Civil Veterinary Department. United Provinces 1932-42 - 1932-1942
Year: 1932
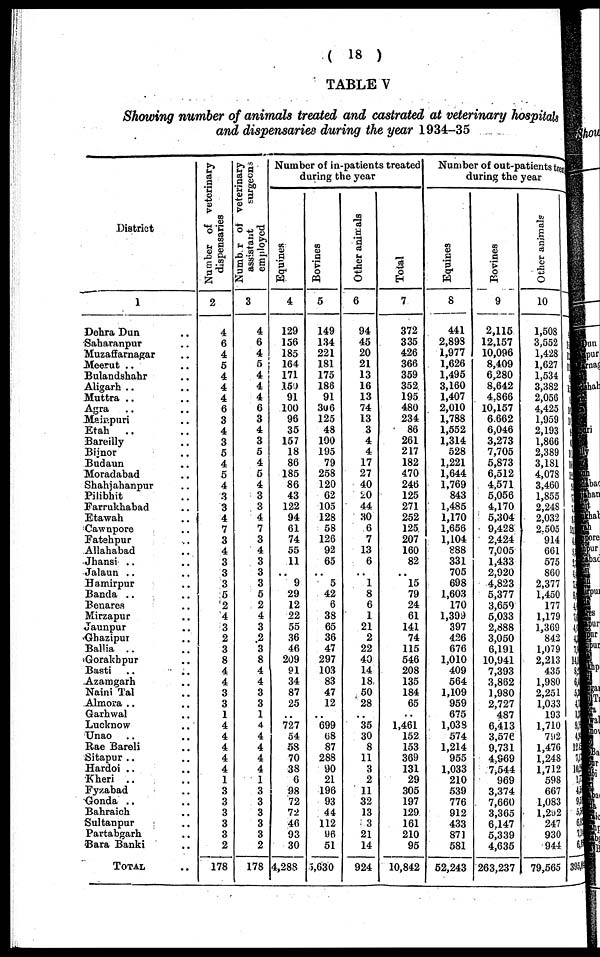
(18)
TABLE V
Showing number of animals treated and castrated at veterinary hospitals
and dispensaries during the year 1934-35
District
1
Dehra Dun ..
Saharanpur ..
Muzaffarnagar ..
Meerut .. ..
Bulandshahr ..
Aligarh .. ..
Muttra .. ..
Agra
Mainpuri ..
Etah .. ..
Bareilly ..
Bijnor ..
Budaun ..
Moradabad ..
Shahjahanpur ..
Pilibhit ..
Farrukhabad ..
Etawah ..
Cawnpore ..
Fatehpur ..
Allahabad
Jhansi .. ..
Jalaun .. ..
Hamirpur ..
Banda .. ..
Benares
Mirzapur ..
Jaunpur ..
Ghazipur ..
Ballia .. ..
Gorakhpur ..
Basti .. ..
Azamgarh ..
Naini Tal ..
Almora .. ..
Garhwal ..
Lucknow ..
Unao .. ..
Rae Bareli ..
Sitapur .. ..
Hardoi .. ..
Kheri .. ..
Fyzabad ..
Gonda .. ..
Bahraich ..
Sultanpur ..
Partabgarh ..
Bara Banki ..
TOTAL ..
Number of veterinary
dispensaries
2
4
6
4
5
4
4
4
6
3
4
3
5
4
5
4
3
3
4
7
3
4
3
3
3
5
2
4
3
2
3
8
4
4
3
3
1
4
4
4
4
4
1
3
3
3
3
3
2
178
Number
of veterinary
assistant
surgeons
employed
3
4
6
4
5
4
4
4
6
3
4
3
5
4
5
4
3
3
4
7
3
4
3
3
3
5
2
4
3
2
3
8
4
4
3
3
1
4
4
4
4
4
1
3
3
3
3
3
2
178
Number of in-patients treated
during the year
Equines
4
129
156
185
164
171
159
91
100
96
35
157
18
86
185
86
43
122
94
61
74
55
11
..
9
29
12
22
55
36
46
209
91
34
87
25
..
727
54
58
70
38
6
98
72
72
46
93
30
4,288
Bovines
5
149
134
221
181
175
186
91
306
125
48
100
195
79
258
120
62
105
128
58
126
92
65
..
5
42
6
38
65
36
47
297
103
83
47
12
..
699
68
87
288
90
21
196
93
44
112
96
51
3,630
Other animals
6
94
45
20
21
13
16
13
74
13
3
4
4
17
27
40
20
44
30
6
7
13
6
..
1
8
6
1
21
2
22
40
14
18
50
28
..
35
30
8
11
3
2
11
32
13
3
21
14
924
Total
7
372
335
426
366
359
352
195
480
234
86
261
217
182
470
246
125
271
252
125
207
160
82
..
15
79
24
61
141
74
115
546
208
135
184
65
..
1,461
152
153
369
131
29
305
197
129.
161
210
95
10,842
Number of out-patients tre
during the year
Equines
8
441
2,898
1,977
1,626
1,495
3,160
1,407
2,010
1,788
1,552
1,314
528
1,221
1,644
1,769
843
1,485
1,170
1,656
1,104
888
331
705
698
1,603
170
1,399
397
426
676
1,010
409
564
1,109
959
675
1,038
574
1,214
955
1,033
210
539
776
912
433
871
581
52,243
Bovines
9
2,115
12,157
10,096
8,409
6,280
8,642
4.866
10,157
6.662
6,046
3,273
7,705
5,873
6,512
4,571
5,056
4,170
5,304
9,428
2,424
7,005
1,433
2,920
4,823
5,377
3,659
5,033
2,888
3,050
6,191
10,941
7,393
3,862
1,980
2,727
487
6,413
3,576
9,731
4,969
7,544
969
3,374
7,660
3,365
6,147
5,339
4,635
263,237
Other animals
10
1,508
3,552
1,428
1,627
1,534
3,382
2,056
4,425
1.959
2,193
1,866
2,389
3,181
4,078
3,460
1,855
2,248
2,032
2,505
914
661
575
860
2,377
1,450
177
1,179
1,369
842
1,079
2,213
435
1,980
2,251
1,033
193
1,710
792
1,476
1,248
1,712
598
667
1,083
1,292
247
930
944
79,565 3951